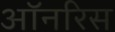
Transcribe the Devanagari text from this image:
ऑनरिस